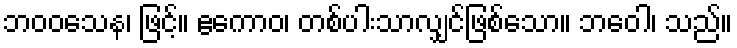
ဘဝဝသေန၊ ဖြင့်။ ဧကောဝ၊ တစ်ပါးသာလျှင်ဖြစ်သော။ ဘဝေါ၊ သည်။